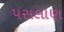
પસલાણ